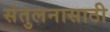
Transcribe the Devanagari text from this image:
संतुलनासाठी